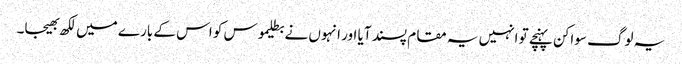
یہ لوگ سواکن پہنچے تو انہیں یہ مقام پسند آیا اور انہوں نے بطلیموس کو اس کے بارے میں لکھ بھیجا۔